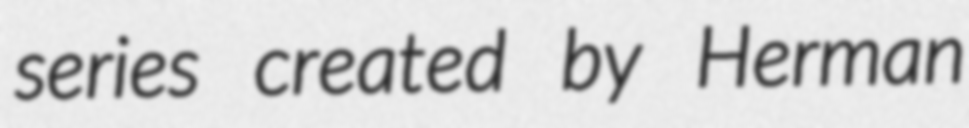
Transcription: series created by Herman